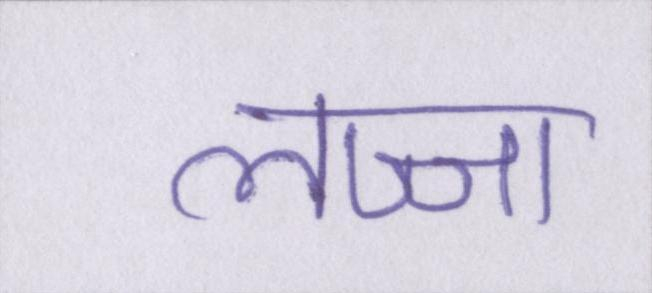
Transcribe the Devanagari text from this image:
लज्जा